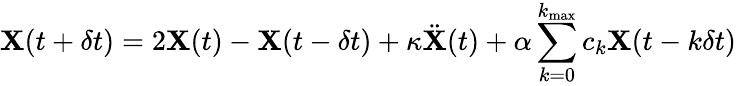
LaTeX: {\mathbf X}(t+\delta t)=2{\mathbf X}(t)-{\mathbf X}(t-\delta t)+\kappa{\ddot{\mathbf X}}(t)+\alpha\sum_{k=0}^{k_{\mathrm{max}}}c_{k}{\mathbf X}(t-k\delta t)